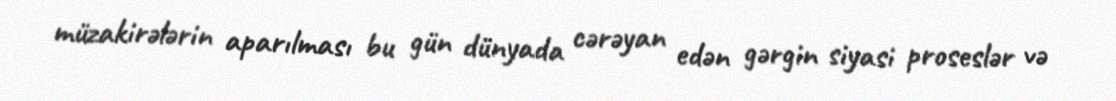
müzakirələrin aparılması bu gün dünyada cərəyan edən gərgin siyasi proseslər və